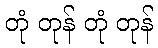
တုံ တုန် တုံ တုန်